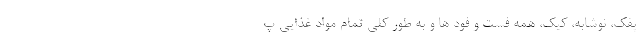
پفک، نوشابه، کیک، همه فست و فود ها و به طور کلی تمام مواد غذایی پ